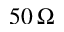
5 0 \, \Omega